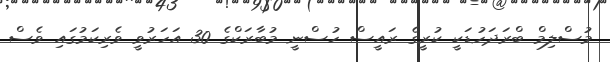
މުސްލިމް ބްރަދަހުޑަކީ ކުރީގެ ރައީސް ހުސްނީ މުބާރަކްގެ 30 އަހަރުވީ ވެރިކަމުގައި ވެސް